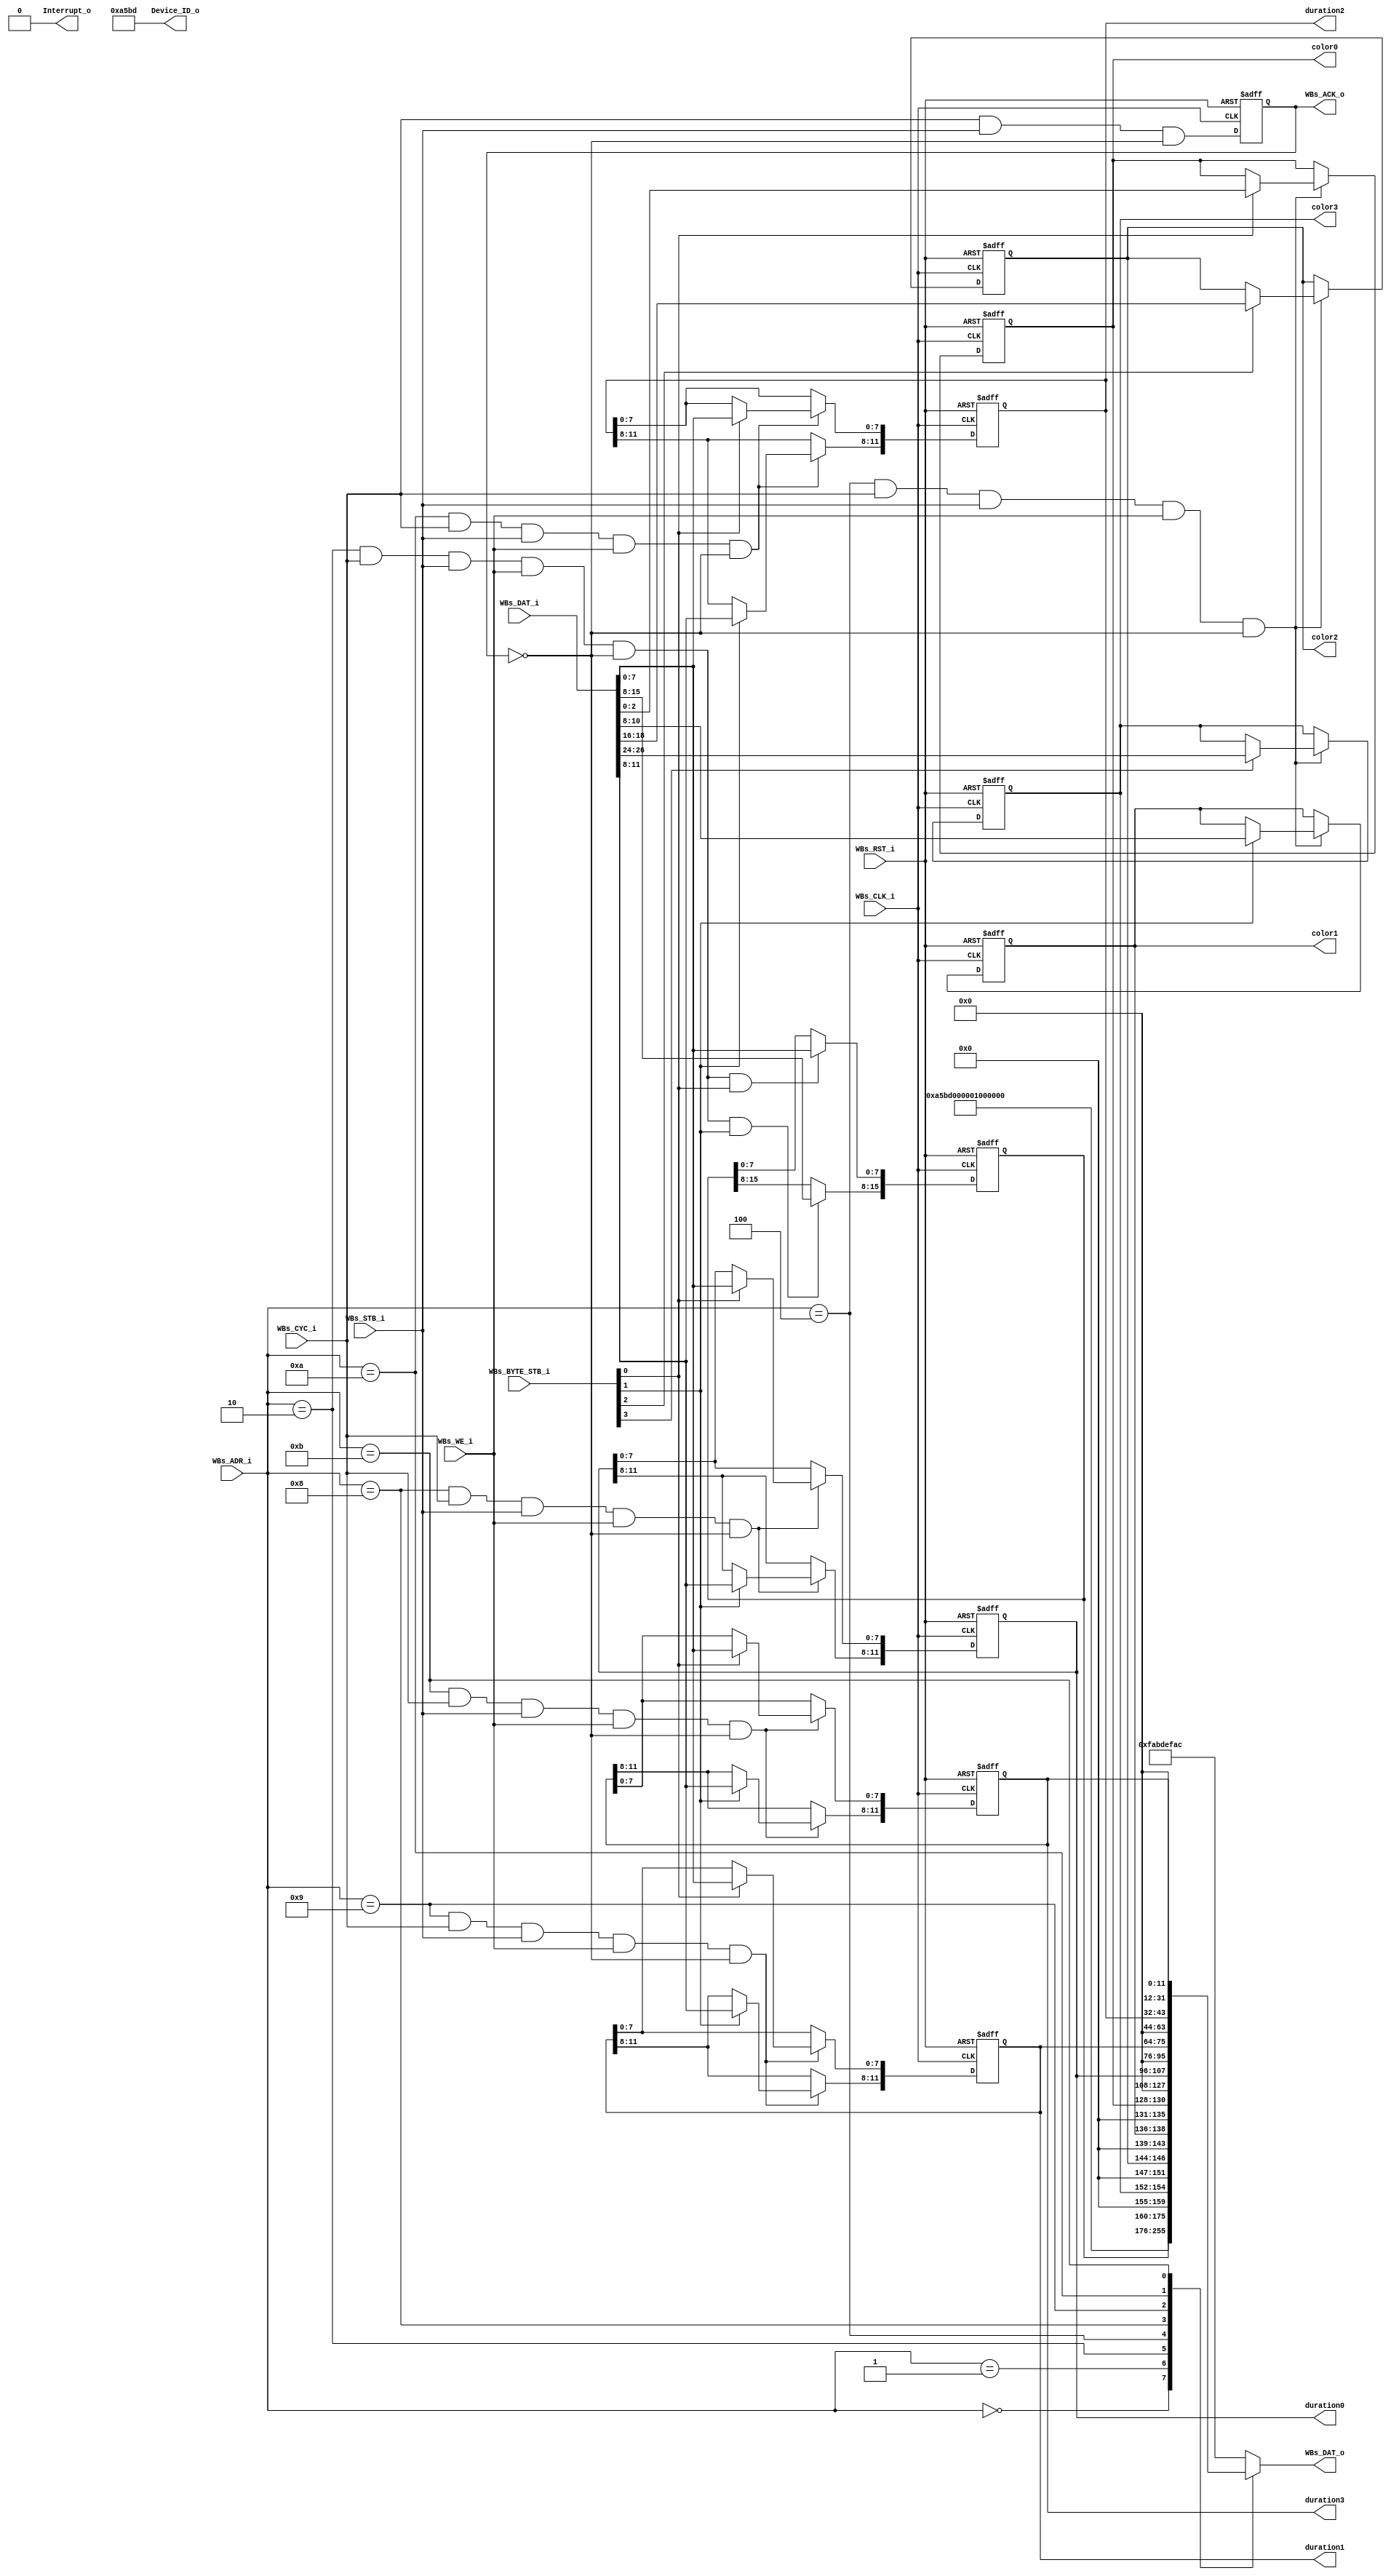
// -----------------------------------------------------------------------------
// title          : AL4S3B Example FPGA Register Module
// project        : Tamar2 Device
// -----------------------------------------------------------------------------
// company        : QuickLogic Corp
// last update    : 2016/02/03
// platform       : ArcticLink 4 S3B
// standard       : Verilog 2001
// -----------------------------------------------------------------------------
// description: The FPGA example IP design contains the essential logic for
//              interfacing the ASSP of the AL4S3B to registers and memory 
//              located in the programmable FPGA.
// -----------------------------------------------------------------------------
// copyright (c) 2016
// -----------------------------------------------------------------------------
// revisions  :
// date            version       author              description
// 2016/02/03      1.0        Rakesh Moolacheri     Initial Release
//
// -----------------------------------------------------------------------------
// Comments: This solution is specifically for use with the QuickLogic
//           AL4S3B device. 
// -----------------------------------------------------------------------------
//

`timescale 1ns / 10ps


module AL4S3B_FPGA_Registers ( 

                         // AHB-To_FPGA Bridge I/F
                         //
                         WBs_ADR_i,
                         WBs_CYC_i,
                         WBs_BYTE_STB_i,
                         WBs_WE_i,
                         WBs_STB_i,
                         WBs_DAT_i,
                         WBs_CLK_i,
                         WBs_RST_i,
                         WBs_DAT_o,
                         WBs_ACK_o,

                        color0,
                        color1,
                        color2,
                        color3,
                        duration0,
                        duration1,
                        duration2,
                        duration3,

                        Interrupt_o,

                         //
                         // Misc
                         //
                         Device_ID_o
                         );


//------Port Parameters----------------
//

parameter                ADDRWIDTH                   =   7  ;   // Allow for up to 128 registers in the FPGA
parameter                DATAWIDTH                   =  32  ;   // Allow for up to 128 registers in the FPGA

parameter                FPGA_REG_ID_VALUE_ADR       =  7'h0; 
parameter                FPGA_REV_NUM_ADR            =  7'h1; 
parameter                FPGA_SCRATCH_REG_ADR        =  7'h2;

parameter                FPGA_COLORS_ADR            =  7'h04;   // byte offset 0x10
parameter                FPGA_DURATION0_ADR         =  7'h08;   // byte offset 0x20
parameter                FPGA_DURATION1_ADR         =  7'h09;   // byte offset 0x24
parameter                FPGA_DURATION2_ADR         =  7'h0A;   // byte offset 0x28
parameter                FPGA_DURATION3_ADR         =  7'h0B;   // byte offset 0x2C

parameter                AL4S3B_DEF_REG_VALUE        = 32'hFAB_DEF_AC;


//------Port Signals-------------------
//

// AHB-To_FPGA Bridge I/F
//
input   [ADDRWIDTH-1:0]  WBs_ADR_i     ;  // Address Bus                to   FPGA
input                    WBs_CYC_i     ;  // Cycle Chip Select          to   FPGA
input             [3:0]  WBs_BYTE_STB_i;  // Byte Select                to   FPGA
input                    WBs_WE_i      ;  // Write Enable               to   FPGA
input                    WBs_STB_i     ;  // Strobe Signal              to   FPGA
input   [DATAWIDTH-1:0]  WBs_DAT_i     ;  // Write Data Bus             to   FPGA
input                    WBs_CLK_i     ;  // FPGA Clock               from FPGA
input                    WBs_RST_i     ;  // FPGA Reset               to   FPGA
output  [DATAWIDTH-1:0]  WBs_DAT_o     ;  // Read Data Bus              from FPGA
output                   WBs_ACK_o     ;  // Transfer Cycle Acknowledge from FPGA

output reg  [2:0]   color0;
output reg  [2:0]   color1;
output reg  [2:0]   color2;
output reg  [2:0]   color3;
output reg  [11:0]  duration0;
output reg  [11:0]  duration1;
output reg  [11:0]  duration2;
output reg  [11:0]  duration3;

output          Interrupt_o;

//
// Misc
//
output           [31:0]  Device_ID_o   ;



// FPGA Global Signals
//
wire                     WBs_CLK_i     ;  // Wishbone FPGA Clock
wire                     WBs_RST_i     ;  // Wishbone FPGA Reset

// Wishbone Bus Signals
//
wire    [ADDRWIDTH-1:0]  WBs_ADR_i     ;  // Wishbone Address Bus
wire                     WBs_CYC_i     ;  // Wishbone Client Cycle  Strobe (i.e. Chip Select)
wire              [3:0]  WBs_BYTE_STB_i;  // Wishbone Byte   Enables
wire                     WBs_WE_i      ;  // Wishbone Write  Enable Strobe
wire                     WBs_STB_i     ;  // Wishbone Transfer      Strobe
wire    [DATAWIDTH-1:0]  WBs_DAT_i     ;  // Wishbone Write  Data Bus
 
reg     [DATAWIDTH-1:0]  WBs_DAT_o     ;  // Wishbone Read   Data Bus

reg                      WBs_ACK_o     ;  // Wishbone Client Acknowledge

// Misc
//
wire              [31:0]  Device_ID_o;
wire              [31:0]  Rev_Num;

reg 			  [15:0] Scratch_reg;

//------Define Parameters--------------
//

//
// None at this time
//

//------Internal Signals---------------
//
wire					 FB_SCRATCH_REG_Wr_Dcd;

wire					 WBs_ACK_o_nxt;


//------Logic Operations---------------

// Define the FPGA's local register write enables
//
assign FB_SCRATCH_REG_Wr_Dcd  = (WBs_ADR_i == FPGA_SCRATCH_REG_ADR) & WBs_CYC_i & WBs_STB_i & WBs_WE_i   & (~WBs_ACK_o);
assign FB_COLORS_REG_Wr_Dcd   = (WBs_ADR_i == FPGA_COLORS_ADR) & WBs_CYC_i & WBs_STB_i & WBs_WE_i   & (~WBs_ACK_o);
assign FB_DURATION0_REG_Wr_Dcd   = (WBs_ADR_i == FPGA_DURATION0_ADR) & WBs_CYC_i & WBs_STB_i & WBs_WE_i   & (~WBs_ACK_o);
assign FB_DURATION1_REG_Wr_Dcd   = (WBs_ADR_i == FPGA_DURATION1_ADR) & WBs_CYC_i & WBs_STB_i & WBs_WE_i   & (~WBs_ACK_o);
assign FB_DURATION2_REG_Wr_Dcd   = (WBs_ADR_i == FPGA_DURATION2_ADR) & WBs_CYC_i & WBs_STB_i & WBs_WE_i   & (~WBs_ACK_o);
assign FB_DURATION3_REG_Wr_Dcd   = (WBs_ADR_i == FPGA_DURATION3_ADR) & WBs_CYC_i & WBs_STB_i & WBs_WE_i   & (~WBs_ACK_o);

// Define the Acknowledge back to the host for registers
//
assign WBs_ACK_o_nxt          =   WBs_CYC_i & WBs_STB_i & (~WBs_ACK_o);


// Define the FPGA's Local Registers
//
always @( posedge WBs_CLK_i or posedge WBs_RST_i)
begin
    if (WBs_RST_i)
    begin
		Scratch_reg <=  16'h0 ; 
        WBs_ACK_o   <=  1'b0  ;
        color0      <=  3'b0    ;
        color1      <=  3'b0    ;
        color2      <=  3'b0    ;
        color3      <=  3'b0    ;
        duration0   <=  12'b0   ;
        duration1   <=  12'b0   ;
        duration2   <=  12'b0   ;
        duration3   <=  12'b0   ;
    end  
    else
    begin
	
		if(FB_SCRATCH_REG_Wr_Dcd && WBs_BYTE_STB_i[0])
			Scratch_reg[7:0]   <= WBs_DAT_i[7:0]  ;

        if(FB_SCRATCH_REG_Wr_Dcd && WBs_BYTE_STB_i[1])
			Scratch_reg[15:8]  <= WBs_DAT_i[15:8] ;

        if (FB_COLORS_REG_Wr_Dcd) begin
            color0 <= WBs_BYTE_STB_i[0] ? WBs_DAT_i[2:0]    : color0;
            color1 <= WBs_BYTE_STB_i[1] ? WBs_DAT_i[10:8]   : color1;
            color2 <= WBs_BYTE_STB_i[2] ? WBs_DAT_i[18:16]  : color2;
            color3 <= WBs_BYTE_STB_i[3] ? WBs_DAT_i[26:24]  : color3;
        end

        if (FB_DURATION0_REG_Wr_Dcd) begin
            duration0[7:0]   <= WBs_BYTE_STB_i[0] ? WBs_DAT_i[7:0]  : duration0[7:0];
            duration0[11:8]  <= WBs_BYTE_STB_i[1] ? WBs_DAT_i[11:8] : duration0[11:8];
        end

        if (FB_DURATION1_REG_Wr_Dcd) begin
            duration1[7:0]   <= WBs_BYTE_STB_i[0] ? WBs_DAT_i[7:0]  : duration1[7:0];
            duration1[11:8]  <= WBs_BYTE_STB_i[1] ? WBs_DAT_i[11:8] : duration1[11:8];
        end

        if (FB_DURATION2_REG_Wr_Dcd) begin
            duration2[7:0]   <= WBs_BYTE_STB_i[0] ? WBs_DAT_i[7:0]  : duration2[7:0];
            duration2[11:8]  <= WBs_BYTE_STB_i[1] ? WBs_DAT_i[11:8] : duration2[11:8];
        end

        if (FB_DURATION3_REG_Wr_Dcd) begin
            duration3[7:0]   <= WBs_BYTE_STB_i[0] ? WBs_DAT_i[7:0]  : duration3[7:0];
            duration3[11:8]  <= WBs_BYTE_STB_i[1] ? WBs_DAT_i[11:8] : duration3[11:8];
        end

        WBs_ACK_o  <=  WBs_ACK_o_nxt  ;
    end  
end


assign Device_ID_o = 32'h0000A5BD;
assign Rev_Num     = 32'h00000100;

// Define the how to read the local registers and memory
//
always @(
         //WBs_ADR_i         or
         //Device_ID_o       or
         //Rev_Num		   or
		 //Scratch_reg 
		 *
 )
 begin
    case(WBs_ADR_i[ADDRWIDTH-1:0])
    FPGA_REG_ID_VALUE_ADR    : WBs_DAT_o <= Device_ID_o;
    FPGA_REV_NUM_ADR         : WBs_DAT_o <= Rev_Num;  
    FPGA_SCRATCH_REG_ADR     : WBs_DAT_o <= { 16'h0, Scratch_reg }; 
    FPGA_COLORS_ADR          : WBs_DAT_o <= { 5'b0, color3, 5'b0, color2, 5'b0, color1, 5'b0, color0};
    FPGA_DURATION0_ADR       : WBs_DAT_o <= { 20'b0, duration0};
    FPGA_DURATION1_ADR       : WBs_DAT_o <= { 20'b0, duration1};
    FPGA_DURATION2_ADR       : WBs_DAT_o <= { 20'b0, duration2};
    FPGA_DURATION3_ADR       : WBs_DAT_o <= { 20'b0, duration3};
	default                  : WBs_DAT_o <= AL4S3B_DEF_REG_VALUE;
	endcase
end

assign Interrupt_o = 1'b0;

endmodule